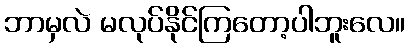
ဘာမှလဲ မလုပ်နိုင်ကြတော့ပါဘူးလေ။